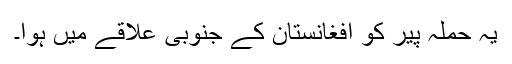
یہ حملہ پیر کو افغانستان کے جنوبی علاقے میں ہوا۔